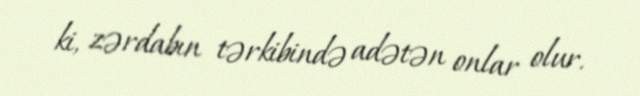
ki, zərdabın tərkibində adətən onlar olur.